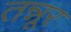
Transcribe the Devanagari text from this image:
तन्नूर